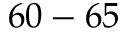
6 0 - 6 5